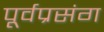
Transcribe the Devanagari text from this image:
पूर्वप्रसंग